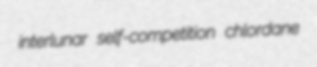
interlunar self-competition chlordane